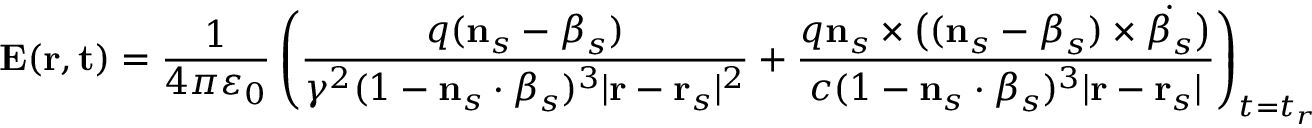
\mathbf { E } ( \mathbf { r } , \mathbf { t } ) = { \frac { 1 } { 4 \pi \varepsilon _ { 0 } } } \left( { \frac { q ( \mathbf { n } _ { s } - { \boldsymbol { \beta } } _ { s } ) } { \gamma ^ { 2 } ( 1 - \mathbf { n } _ { s } \cdot { \boldsymbol { \beta } } _ { s } ) ^ { 3 } | \mathbf { r } - \mathbf { r } _ { s } | ^ { 2 } } } + { \frac { q \mathbf { n } _ { s } \times { \big ( } ( \mathbf { n } _ { s } - { \boldsymbol { \beta } } _ { s } ) \times { \dot { { \boldsymbol { \beta } } _ { s } } } { \big ) } } { c ( 1 - \mathbf { n } _ { s } \cdot { \boldsymbol { \beta } } _ { s } ) ^ { 3 } | \mathbf { r } - \mathbf { r } _ { s } | } } \right) _ { t = t _ { r } }